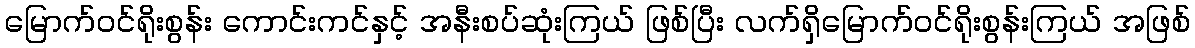
မြောက်ဝင်ရိုးစွန်း ကောင်းကင်နှင့် အနီးစပ်ဆုံးကြယ် ဖြစ်ပြီး လက်ရှိမြောက်ဝင်ရိုးစွန်းကြယ် အဖြစ်